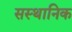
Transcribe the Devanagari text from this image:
सस्थानिक